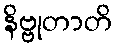
နိဗ္ဗုတာတိ